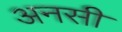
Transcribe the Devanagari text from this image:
अनसी